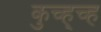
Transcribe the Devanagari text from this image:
कुच्ह्च्ह